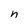
Character: n